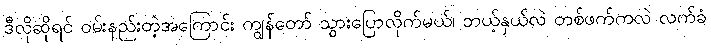
ဒီလိုဆိုရင် ဝမ်းနည်းတဲ့အကြောင်း ကျွန်တော် သွားပြောလိုက်မယ်၊ ဘယ့်နှယ်လဲ တစ်ဖက်ကလဲ လက်ခံ